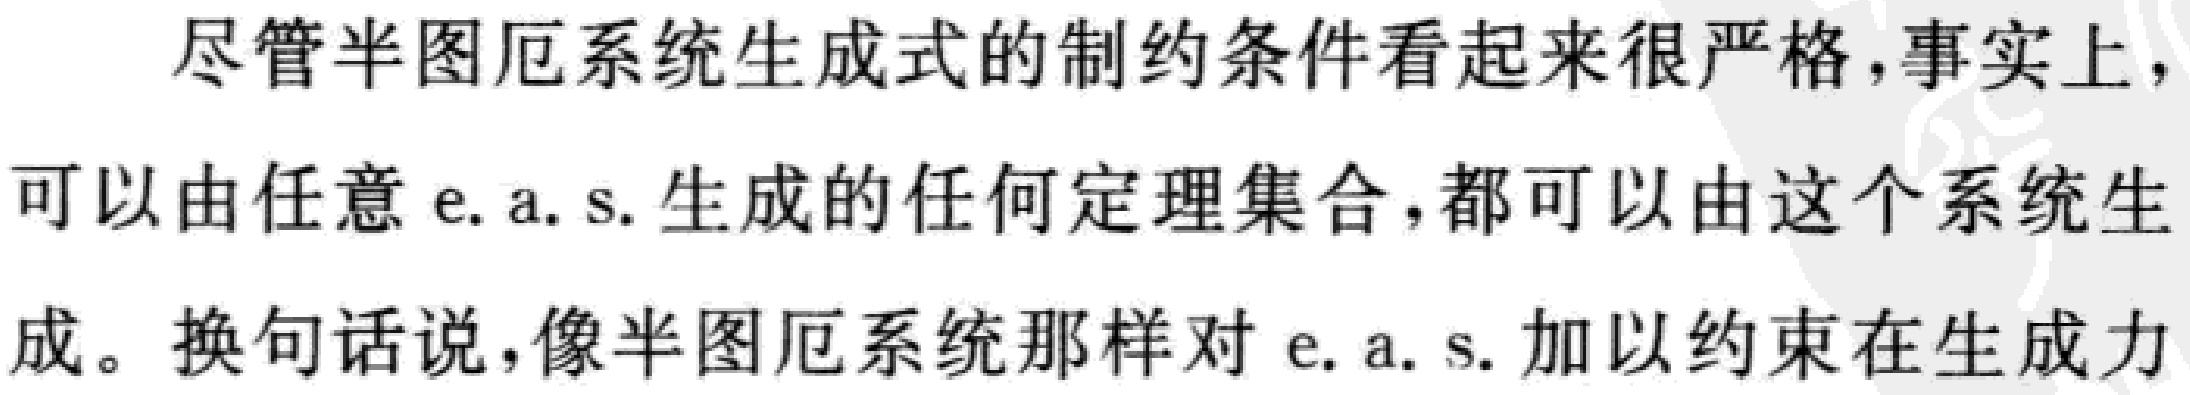
尽管半图厄系统生成式的制约条件看起来很严格,事实上,可以由任意 e. a. s. 生成的任何定理集合,都可以由这个系统生成。换句话说,像半图厄系统那样对 e. a. s. 加以约束在生成力